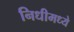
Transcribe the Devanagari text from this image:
निधीमध्ये